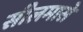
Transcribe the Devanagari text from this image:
सीलमासे